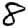
Digit: 8